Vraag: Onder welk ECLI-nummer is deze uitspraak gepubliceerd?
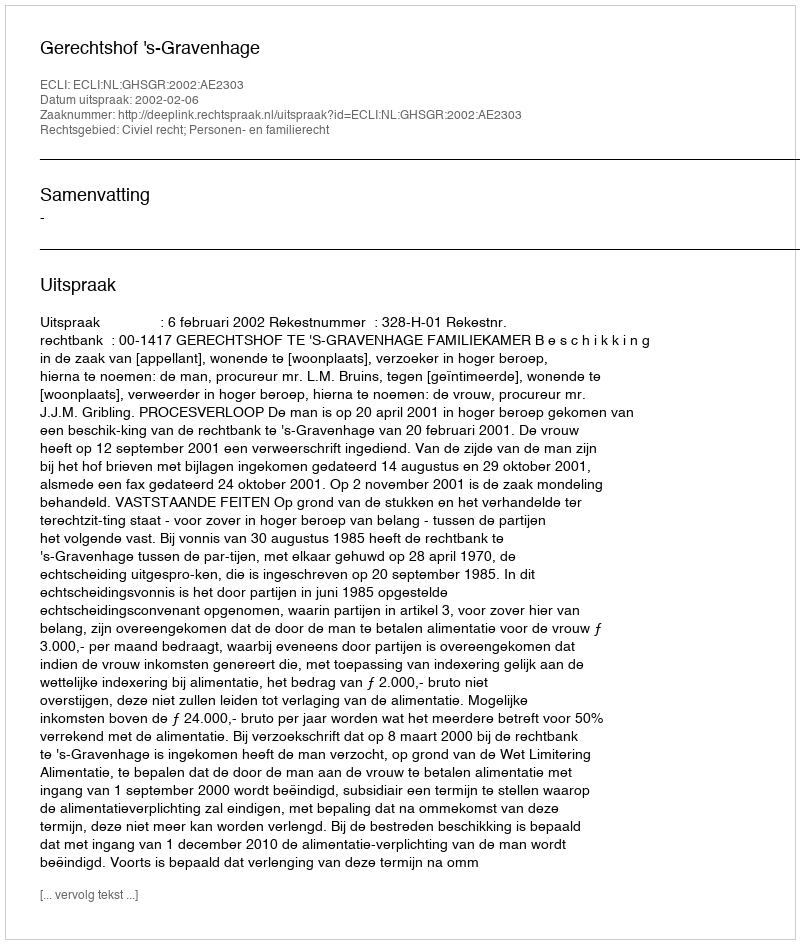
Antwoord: ECLI:NL:GHSGR:2002:AE2303